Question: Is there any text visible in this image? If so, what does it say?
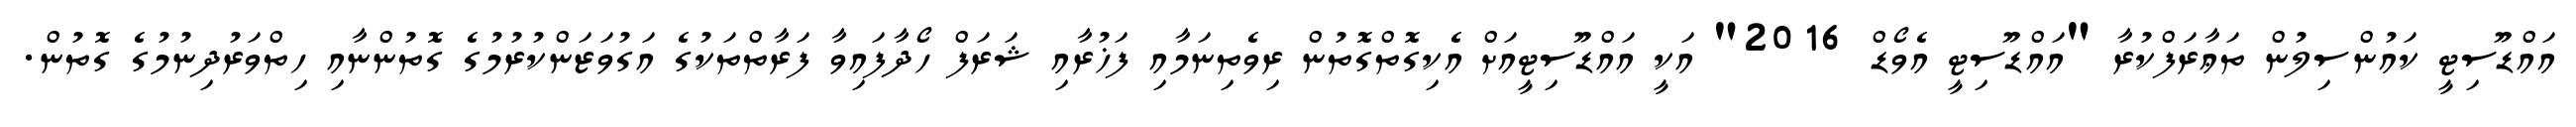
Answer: އައްޑޫސިޓީ ކައުންސިލުން ތަޢާރަފްކުރާ "އައްޑޫސިޓީ އެވޯޑް 2016" އަކީ އައްޑޫސިޓީއަށް އެކިގޮތްގޮތުން ރިވެތިނަމާއި ފަޚުރާއި ޝަރަފް ހޯދާފައިވާ ފަރާތްތަކުގެ އަގުވަޒަންކުރުމުގެ ގޮތުންނާއި ހިތްވަރުދިނުމުގެ ގޮތުން.